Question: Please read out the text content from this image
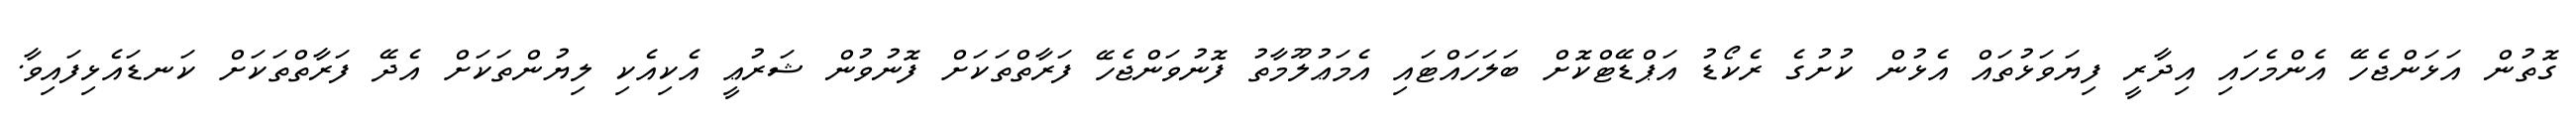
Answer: ގޮތުން އަޅަންޖެހޭ އެންމެހައި އިދާރީ ފިޔަވަޅުތައް އެޅުން ކުށުގެ ރެކޯޑު އަޕްޑޭޓްކޮށް ބަލަހައްޓައި އެމަޢުލޫމާތު ފޮނުވަންޖެހޭ ފަރާތްތަކަށް ފޮނުވުން ޝަރުޢީ އެކިއެކި ލިޔުންތަކަށް އެދޭ ފަރާތްތަކަށް ކަނޑައެޅިފައިވާ.